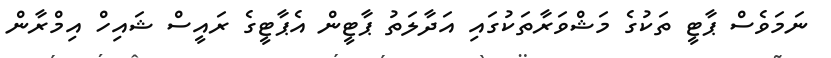
ނަމަވެސް ޕާޓީ ތަކުގެ މަޝްވަރާތަކުގައި އަދާލަތު ޕާޓީން އެޕާޓީގެ ރައީސް ޝައިހް އިމްރާން